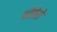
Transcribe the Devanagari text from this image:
थोङेसे